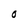
Character: O